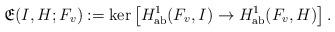
LaTeX: \begin{align*} \mathfrak{E}(I,H;F_v):=\mathrm{ker}\left[H^1_{\mathrm{ab}}(F_v,I)\to H^1_{\mathrm{ab}}(F_v,H)\right].\end{align*}